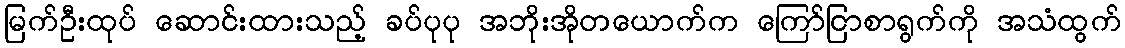
မြက်ဦးထုပ် ဆောင်းထားသည့် ခပ်ပုပု အဘိုးအိုတယောက်က ကြော်ငြာစာရွက်ကို အသံထွက်